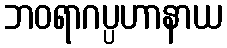
ဘဝရာဂပ္ပဟာနာယ